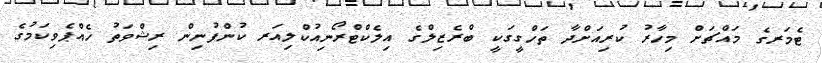
ޓެމަރގެ މައްޗަށް މިހާރު ކުރިއަށްދާ ތަހްގީގަކީ ބްރެޒިލްގެ އިލެކްޓްރޯނިއުކްލިއަރ ކުންފުނިން ރިޝްވަތު ހެއްޕެވިކަމުގެ